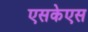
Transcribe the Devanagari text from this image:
एसकेएस